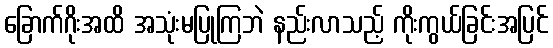
ခြောက်ဂိုးအထိ အသုံးမပြုကြဘဲ နည်းလာသည့် ကိုးကွယ်ခြင်းအပြင်